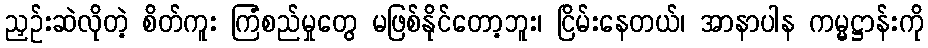
ညှဉ်းဆဲလိုတဲ့ စိတ်ကူး ကြံစည်မှုတွေ မဖြစ်နိုင်တော့ဘူး၊ ငြိမ်းနေတယ်၊ အာနာပါန ကမ္မဋ္ဌာန်းကို